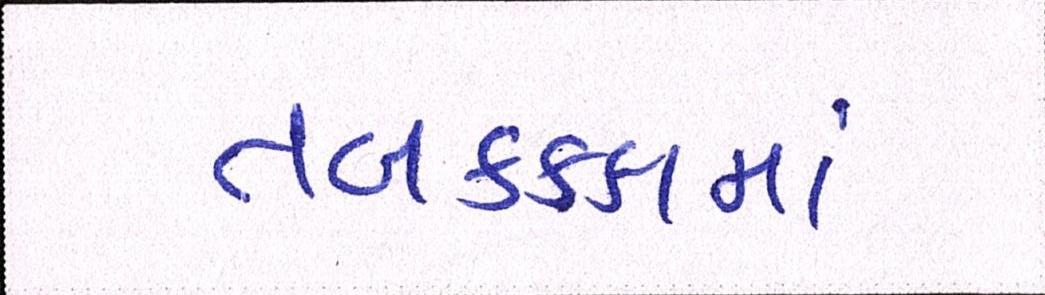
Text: તબકક્કામાં